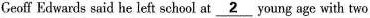
Ceoff Edwards said he left school at \underline{2} Young age with two